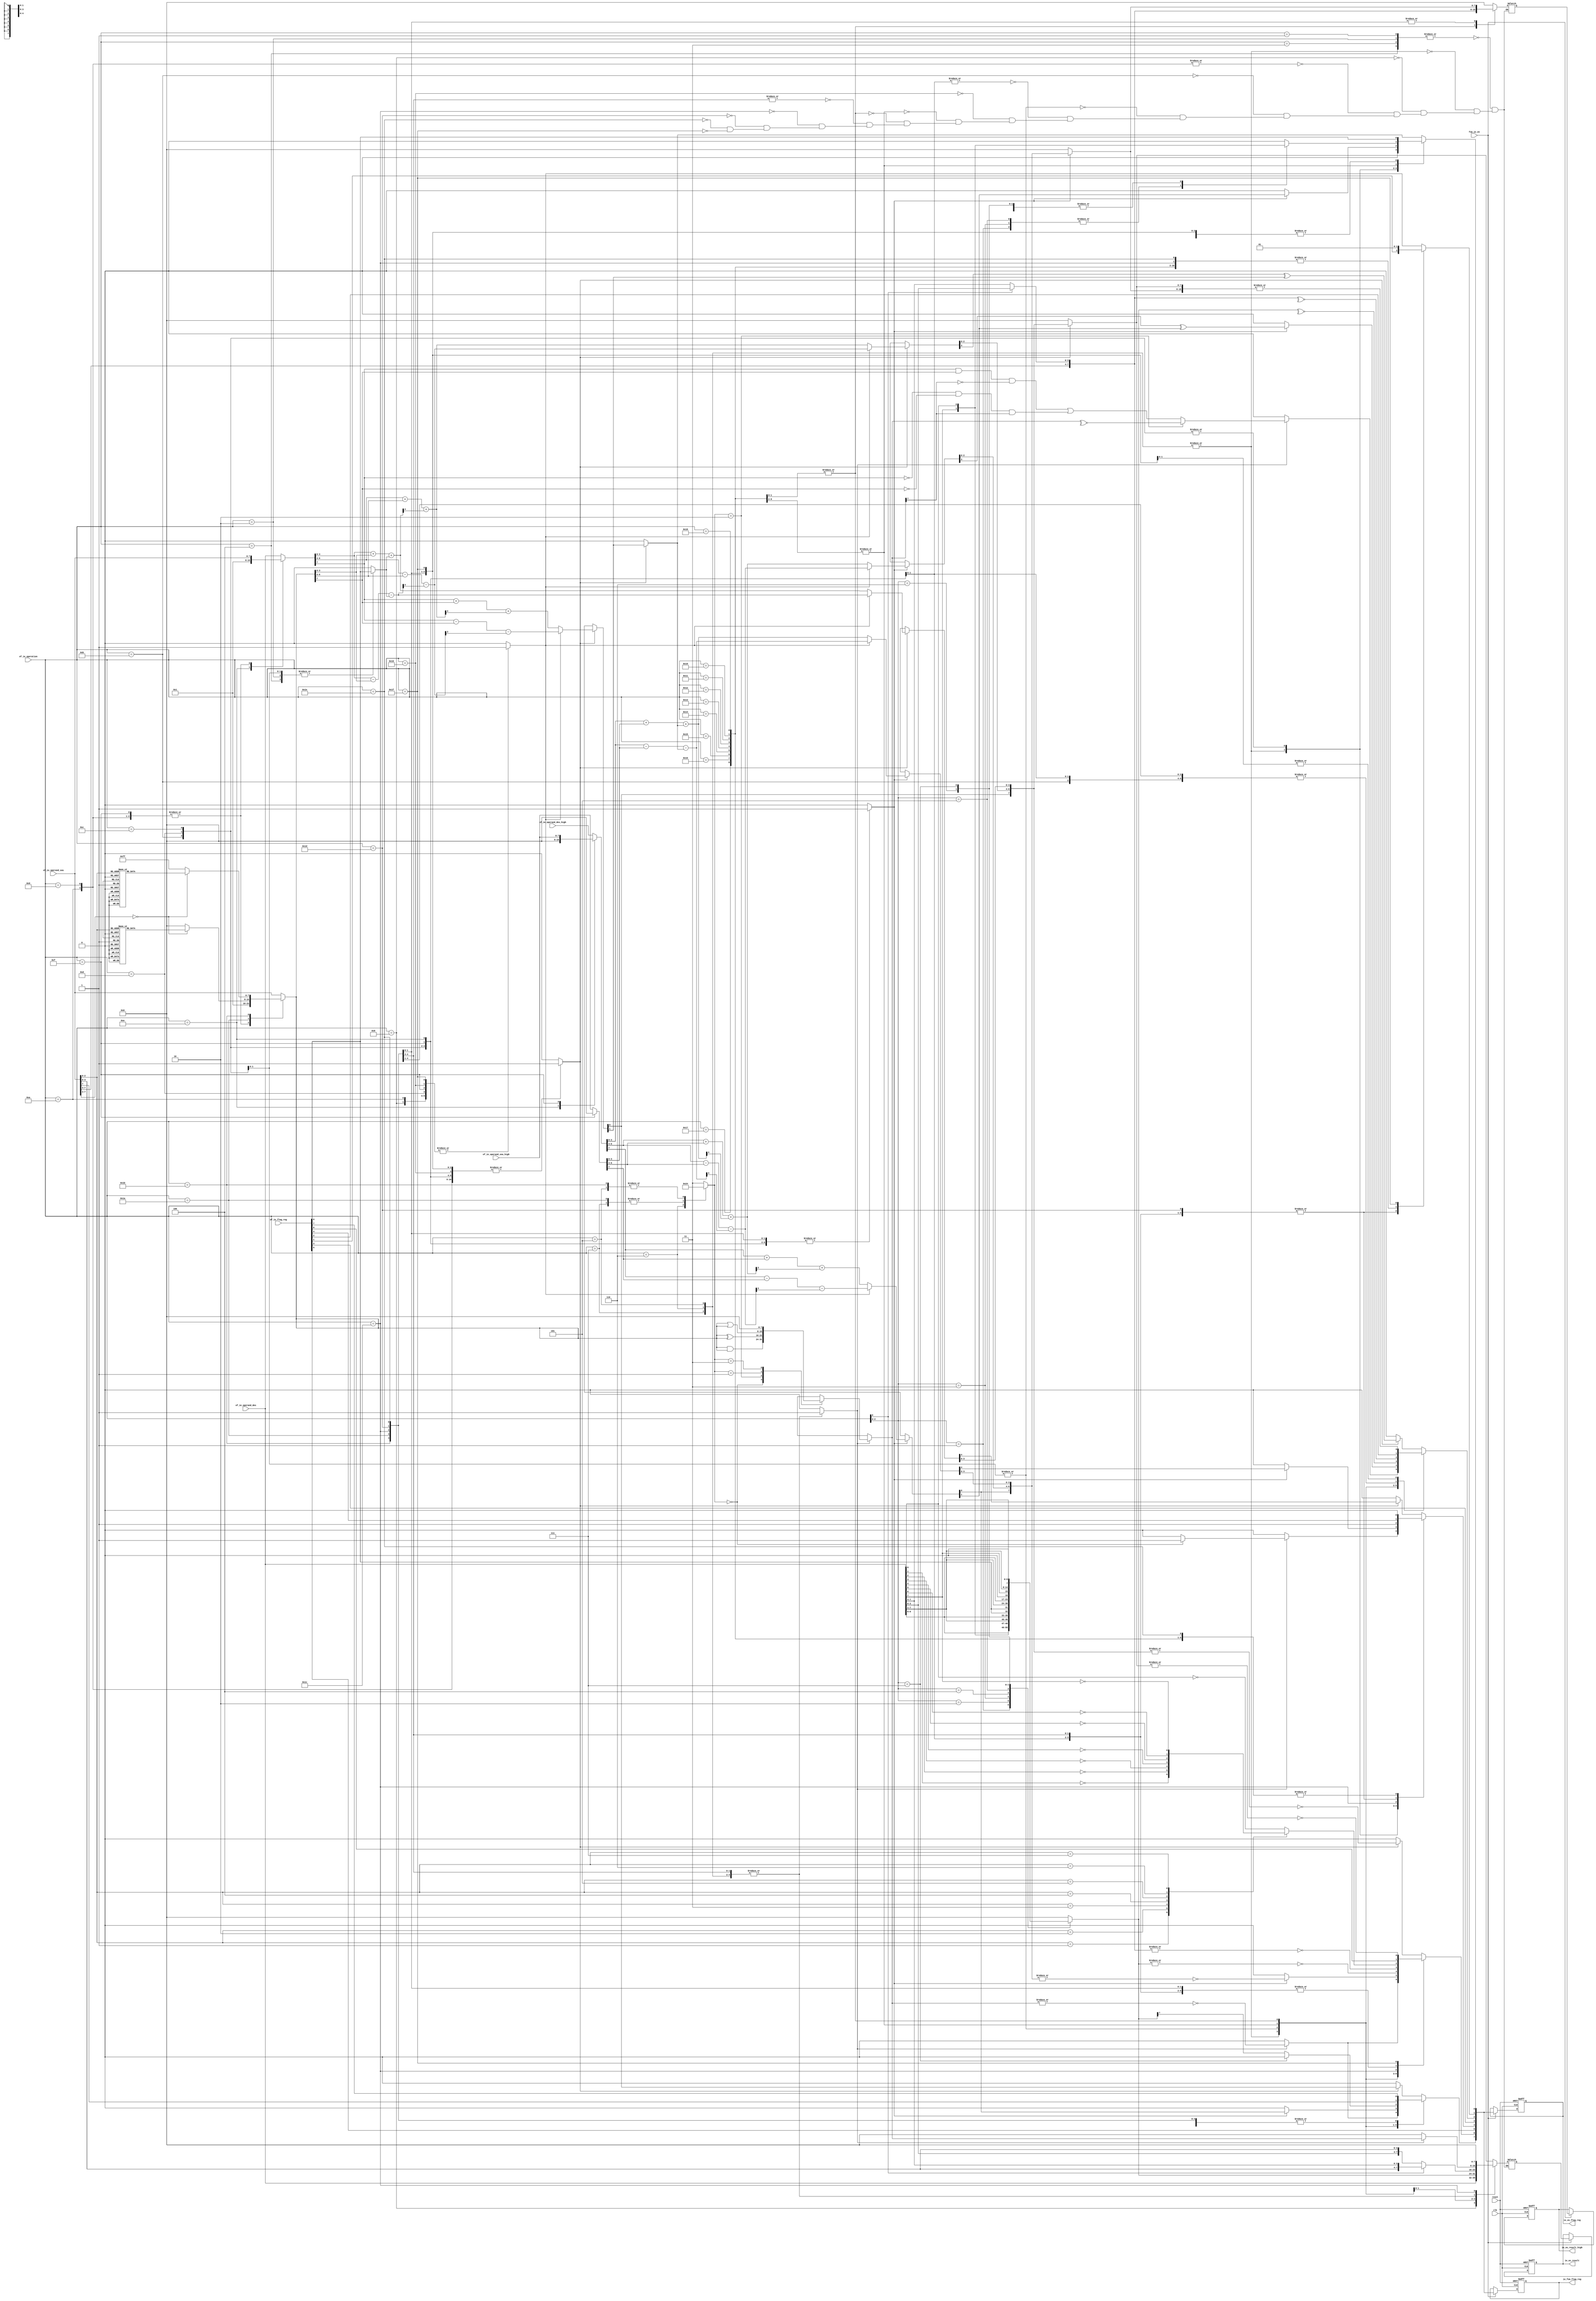
// Company           :   tud                      
//                    			
// Project Name      :   prz    
// Subproject Name   :   main    
// Description       :   <short description>            
//
// Last Change       :   $Date: 2017-08-31 14:47:42 +0200 (Thu, 31 Aug 2017) $
// by                :   $Author: wubi17 $                  			
//------------------------------------------------------------
`timescale 1ns/10ps

module instr_excute(
	clk,
	reset,
	fsm_ie_en,	
	of_ie_operand_des,
	of_ie_operand_des_high,
	of_ie_operand_sou,
	of_ie_operand_sou_high,
	of_ie_flag_reg,
	of_ie_operation,
	ie_os_result,
	ie_os_result_high,
	ie_os_flag_reg,
	ie_fsm_flag_reg
);

input clk;
input reset;
input fsm_ie_en;
input [4:0] of_ie_operation;
input [7:0] of_ie_operand_des;
input [7:0] of_ie_operand_sou;
input [7:0] of_ie_operand_des_high;
input [7:0] of_ie_operand_sou_high;
input [7:0] of_ie_flag_reg;
output reg [7:0] ie_os_result;
output reg [7:0] ie_os_result_high;
output reg [7:0] ie_os_flag_reg;
output reg [7:0] ie_fsm_flag_reg;

// can not change the parameter, if change please search "can not change the parameter" at first
// some place use parameter's bits as selector
parameter ADD_ALU                    = 5'd1;
parameter ADC_ALU                    = 5'd2;
parameter SUB_ALU                    = 5'd3;
parameter SBC_ALU                    = 5'd4;
parameter AND_ALU                    = 5'd5;
parameter XOR_ALU                    = 5'd6;
parameter OR_ALU                     = 5'd7;
parameter CP_ALU                     = 5'd8;
parameter INC_ALU                    = 5'd9;
parameter DEC_ALU                    = 5'd10;

parameter ADD_16BIT_ALU              = 5'd11;
parameter ADC_16BIT_ALU              = 5'd12;
parameter SBC_16BIT_ALU              = 5'd13;
parameter INC_16BIT_ALU              = 5'd14;  // not used
parameter DEC_16BIT_ALU              = 5'd15;  // not used
parameter SUB_AF_ALU                 = 5'd16;

parameter RLC_ALU                    = 5'd17;
parameter RRC_ALU                    = 5'd18;
parameter RL_ALU                     = 5'd19;
parameter RR_ALU                     = 5'd20;
parameter SLA_ALU                    = 5'd21;
parameter SRA_ALU                    = 5'd22;
parameter SRL_ALU                    = 5'd23;
parameter RLD_ALU                    = 5'd24;
parameter RRD_ALU                    = 5'd25;

parameter SET_BIT_ALU                = 5'd26;
parameter RESET_BIT_ALU              = 5'd27;
parameter TEST_BIT_ALU               = 5'd28;

parameter ADD_16BIT_NONE_AFFECT_ALU  = 5'd29;
parameter ADD_16BIT_BLOCK_TRANS_ALU  = 5'd30;
parameter BLOCK_SEARCH_COMPARE_ALU   = 5'd31;

parameter AND = 2'h0;
parameter OR  = 2'h1;
parameter XOR = 2'h2;
parameter NON = 2'h3;

wire C;       // carry
wire N;       // add/substrate
wire P_V;     // parity/overflow flag
wire H;       // half carry falg
wire Z;       // zero flag
wire S;       // sign flag
wire X_1;     // unused
wire X_2;     // unused
assign {S, Z, X_1, H, X_2, P_V, N, C} = of_ie_flag_reg;
//================================================================================
// operand allocate
//================================================================================
reg [7:0] oper_a_low;
reg [7:0] oper_a_high;
reg [7:0] oper_b_low;
reg [7:0] oper_b_high;
reg       adder_en;
reg       add_sub;
reg       carry_in;
reg       word_adder_en;
reg       logic_en;
reg [1:0] logic_type;
always @* begin
	case(of_ie_operation)
		ADD_ALU:begin
			oper_a_low = of_ie_operand_des;
			oper_b_low = of_ie_operand_sou;
			oper_a_high = of_ie_operand_des_high;
			oper_b_high = of_ie_operand_sou_high;
			adder_en = 1'b1;
			add_sub = 1'b0;
			carry_in = 1'b0;
			word_adder_en = 1'b0;
			logic_en = 1'b0;
			logic_type = NON;
		end
		ADC_ALU:begin
			oper_a_low = of_ie_operand_des;
			oper_b_low = of_ie_operand_sou;
			oper_a_high = of_ie_operand_des_high;
			oper_b_high = of_ie_operand_sou_high;
			adder_en = 1'b1;
			add_sub = 1'b0;
			carry_in = C;
			word_adder_en = 1'b0;
			logic_en = 1'b0;
			logic_type = NON;
		end
		SUB_ALU:begin
			oper_a_low = of_ie_operand_des;
			oper_b_low = of_ie_operand_sou;
			oper_a_high = of_ie_operand_des_high;
			oper_b_high = of_ie_operand_sou_high;
			adder_en = 1'b1;
			add_sub = 1'b1;
			carry_in = 1'b0;
			word_adder_en = 1'b0;
			logic_en = 1'b0;
			logic_type = NON;
		end
		SBC_ALU:begin
			oper_a_low = of_ie_operand_des;
			oper_b_low = of_ie_operand_sou;
			oper_a_high = of_ie_operand_des_high;
			oper_b_high = of_ie_operand_sou_high;
			adder_en = 1'b1;
			add_sub = 1'b1;
			carry_in = C;
			word_adder_en = 1'b0;
			logic_en = 1'b0;
			logic_type = NON;
		end
		AND_ALU:begin
			oper_a_low = of_ie_operand_des;
			oper_b_low = of_ie_operand_sou;
			oper_a_high = of_ie_operand_des_high; // 8'h00;
			oper_b_high = of_ie_operand_sou_high; // 8'h00;
			adder_en = 1'b0;
			add_sub = 1'b0;
			carry_in = 1'b0;
			word_adder_en = 1'b0;
			logic_en = 1'b1;
			logic_type = AND;
		end
		XOR_ALU:begin
			oper_a_low = of_ie_operand_des;
			oper_b_low = of_ie_operand_sou;
			oper_a_high = of_ie_operand_des_high; //8'h00; 
			oper_b_high = of_ie_operand_sou_high; //8'h00; 
			adder_en = 1'b0;
			add_sub = 1'b0;
			carry_in = 1'b0;
			word_adder_en = 1'b0;
			logic_en = 1'b1;
			logic_type = XOR;	
		end
		OR_ALU:begin
			oper_a_low = of_ie_operand_des;
			oper_b_low = of_ie_operand_sou;
			oper_a_high = of_ie_operand_des_high; //8'h00;
			oper_b_high = of_ie_operand_sou_high; //8'h00;
			adder_en = 1'b0;
			add_sub = 1'b0;
			carry_in = 1'b0;
			word_adder_en = 1'b0;
			logic_en = 1'b1;
			logic_type = OR;				
		end
		CP_ALU:begin // SUB but not store the sum
			oper_a_low = of_ie_operand_des;
			oper_b_low = of_ie_operand_sou;
			oper_a_high = of_ie_operand_des_high; //8'h00;
			oper_b_high = of_ie_operand_sou_high; //8'h00;
			adder_en = 1'b1;
			add_sub = 1'b1;
			carry_in = 1'b0;	
			word_adder_en = 1'b0;
			logic_en = 1'b0;
			logic_type = NON;			
		end
		INC_ALU:begin
			oper_a_low = of_ie_operand_sou;
			oper_b_low = 8'h01;
			oper_a_high = of_ie_operand_des_high; //8'h00;
			oper_b_high = of_ie_operand_sou_high; //8'h00;
			adder_en = 1'b1;
			add_sub = 1'b0;
			carry_in = 1'b0;
			word_adder_en = 1'b0;
			logic_en = 1'b0;
			logic_type = NON;			
		end
		DEC_ALU:begin
			oper_a_low = of_ie_operand_sou;
			oper_b_low = 8'h01;
			oper_a_high = of_ie_operand_des_high; //8'h00;
			oper_b_high = of_ie_operand_sou_high; //8'h00;
			adder_en = 1'b1;
			add_sub = 1'b1;
			carry_in = 1'b0;
			word_adder_en = 1'b0;
			logic_en = 1'b0;
			logic_type = NON;					
		end
		ADD_16BIT_ALU:begin
			oper_a_low = of_ie_operand_des;
			oper_b_low = of_ie_operand_sou;
			oper_a_high = of_ie_operand_des_high;
			oper_b_high = of_ie_operand_sou_high;
			adder_en = 1'b1;
			add_sub = 1'b0;
			carry_in = 1'b0;
			word_adder_en = 1'b1;
			logic_en = 1'b0;
			logic_type = NON;
		end
		ADC_16BIT_ALU:begin
			oper_a_low = of_ie_operand_des;
			oper_b_low = of_ie_operand_sou;
			oper_a_high = of_ie_operand_des_high;
			oper_b_high = of_ie_operand_sou_high;
			adder_en = 1'b1;
			add_sub = 1'b0;
			carry_in = C;
			word_adder_en = 1'b1;
			logic_en = 1'b0;
			logic_type = NON;
		end
		SBC_16BIT_ALU:begin
			oper_a_low = of_ie_operand_des;
			oper_b_low = of_ie_operand_sou;
			oper_a_high = of_ie_operand_des_high;
			oper_b_high = of_ie_operand_sou_high;
			adder_en = 1'b1;
			add_sub = 1'b1;
			carry_in = C;
			word_adder_en = 1'b1;
			logic_en = 1'b0;
			logic_type = NON;										   
		end
		INC_16BIT_ALU:begin
			oper_a_low = 8'h01;
			oper_b_low = of_ie_operand_sou;
			oper_a_high = 8'h00;
			oper_b_high = of_ie_operand_sou_high;
			adder_en = 1'b1;
			add_sub = 1'b0;
			carry_in = 1'b0;
			word_adder_en = 1'b1;
			logic_en = 1'b0;
			logic_type = NON;
		end
		DEC_16BIT_ALU:begin
			oper_a_low = of_ie_operand_sou;
			oper_b_low = 8'h01;
			oper_a_high = of_ie_operand_sou_high;
			oper_b_high = 8'h00;
			adder_en = 1'b1;
			add_sub = 1'b1;
			carry_in = 1'b0;
			word_adder_en = 1'b1;
			logic_en = 1'b0;
			logic_type = NON;
		end
		SUB_AF_ALU:begin
			oper_a_low = of_ie_operand_des;
			oper_b_low = of_ie_operand_sou;
			oper_a_high = of_ie_operand_des_high;  // 8'h00
			oper_b_high = of_ie_operand_sou_high;  // 8'h00
			adder_en = 1'b1;
			add_sub = 1'b1;
			carry_in = 1'b0;
			word_adder_en = 1'b0;
			logic_en = 1'b0;
			logic_type = NON;				
		end
		SET_BIT_ALU:begin
			oper_a_low = of_ie_operand_des;
			//oper_b_low = of_ie_operand_sou;
			oper_a_high = of_ie_operand_des_high;  // 8'h00
			oper_b_high = of_ie_operand_sou_high;  // 8'h00
			adder_en = 1'b0;
			add_sub = 1'b0;
			carry_in = 1'b0;
			word_adder_en = 1'b0;
			logic_en = 1'b1;
			logic_type = OR;
			case(of_ie_operand_sou)
				8'd0: oper_b_low = 8'd1;    // set bit 0
				8'd1: oper_b_low = 8'd2;    // set bit 1
				8'd2: oper_b_low = 8'd4;    // set bit 2
				8'd3: oper_b_low = 8'd8;    // set bit 3
				8'd4: oper_b_low = 8'd16;    // set bit 4
				8'd5: oper_b_low = 8'd32;    // set bit 5
				8'd6: oper_b_low = 8'd64;    // set bit 6
				8'd7: oper_b_low = 8'd128;    // set bit 7
				default: oper_b_low = 8'd0;    // do not set any bit
			endcase
		end
		RESET_BIT_ALU:begin
			oper_a_low = of_ie_operand_des;
			//oper_b_low = of_ie_operand_sou;
			oper_a_high = of_ie_operand_des_high;  // 8'h00
			oper_b_high = of_ie_operand_sou_high;  // 8'h00
			adder_en = 1'b0;
			add_sub = 1'b0;
			carry_in = 1'b0;
			word_adder_en = 1'b0;
			logic_en = 1'b1;
			logic_type = AND;
			case(of_ie_operand_sou)
				8'd0: oper_b_low = 8'b1111_1110;    // reset bit 0
				8'd1: oper_b_low = 8'b1111_1101;    // reset bit 1
				8'd2: oper_b_low = 8'b1111_1011;    // reset bit 2
				8'd3: oper_b_low = 8'b1111_0111;    // reset bit 3
				8'd4: oper_b_low = 8'b1110_1111;    // reset bit 4
				8'd5: oper_b_low = 8'b1101_1111;    // reset bit 5
				8'd6: oper_b_low = 8'b1011_1111;    // reset bit 6
				8'd7: oper_b_low = 8'b0111_1111;    // sreet bit 7
				default: oper_b_low = 8'b1111_1111;    // do not reset any bit
			endcase
		end
		ADD_16BIT_NONE_AFFECT_ALU:begin
			oper_a_low = of_ie_operand_des;
			oper_b_low = of_ie_operand_sou;
			oper_a_high = of_ie_operand_des_high;  // 8'h00
			oper_b_high = of_ie_operand_sou_high;  // 8'h00
			adder_en = 1'b1;
			add_sub = 1'b0;
			carry_in = 1'b0;
			word_adder_en = 1'b1;
			logic_en = 1'b0;
			logic_type = NON;
		end
		ADD_16BIT_BLOCK_TRANS_ALU:begin
			oper_a_low = of_ie_operand_des;
			oper_b_low = of_ie_operand_sou;
			oper_a_high = of_ie_operand_des_high;  // 8'h00
			oper_b_high = of_ie_operand_sou_high;  // 8'h00
			adder_en = 1'b1;
			add_sub = 1'b0;
			carry_in = 1'b0;
			word_adder_en = 1'b1;
			logic_en = 1'b0;
			logic_type = NON;
		end
		BLOCK_SEARCH_COMPARE_ALU:begin
			oper_a_low = of_ie_operand_des;
			oper_b_low = of_ie_operand_sou;
			oper_a_high = of_ie_operand_des_high;  // 8'h00
			oper_b_high = of_ie_operand_sou_high;  // 8'h00
			adder_en = 1'b1;
			add_sub = 1'b1;
			carry_in = 1'b0;
			word_adder_en = 1'b0;
			logic_en = 1'b0;
			logic_type = NON;
		end
		default:begin
			oper_a_low = of_ie_operand_des;
			oper_b_low = of_ie_operand_sou;
			oper_a_high = of_ie_operand_des_high;  // 8'h00
			oper_b_high = of_ie_operand_sou_high;  // 8'h00
			adder_en = 1'b0;
			add_sub = 1'b0;
			carry_in = 1'b0;
			word_adder_en = 1'b0;
			logic_en = 1'b0;
			logic_type = NON;			
		end
	endcase
end

//================================================================================
// adder 
//================================================================================
// low 8-bit adder
reg [7:0] sum_low;
reg       half_carry_low;
reg       carry_low_;
reg       carry_low;
reg       overflow_low;
reg       zero_low;
reg       sign_low;
always @(adder_en or add_sub or oper_a_low or oper_b_low or carry_in)
begin
	if (adder_en) begin
		if (add_sub) begin // sub
			{half_carry_low, sum_low[3:0]} = oper_a_low[3:0] - oper_b_low[3:0] - {3'h0, carry_in};
			{carry_low_, sum_low[6:4]} = oper_a_low[6:4] - oper_b_low[6:4] - {2'h0, half_carry_low};
			{carry_low, sum_low[7]}    = oper_a_low[7]   - oper_b_low[7]   - carry_low_;		
		end
		else begin         // add
			{half_carry_low, sum_low[3:0]} = oper_a_low[3:0] + oper_b_low[3:0] + {3'h0, carry_in};
			{carry_low_, sum_low[6:4]} = oper_a_low[6:4] + oper_b_low[6:4] + {2'h0, half_carry_low};
			{carry_low, sum_low[7]}    = oper_a_low[7]   + oper_b_low[7]   + carry_low_;			
		end
		overflow_low = carry_low_ ^ carry_low; 
		zero_low = ~|sum_low; 
		sign_low = sum_low[7];
	end
	else begin
		sum_low = 8'h0;
		half_carry_low = 1'b0;
		carry_low_ = 1'b0;
		carry_low = 1'b0;
		overflow_low = 1'b0;
		zero_low = 1'b0;
		sign_low = 1'b0;
	end
end
// high 8-bit adder
reg [7:0] sum_high;
reg       half_carry_high;
reg       carry_high_;
reg       carry_high;
reg       overflow_high;
reg       zero_high;
reg       sign_high;
always @(word_adder_en or add_sub or oper_a_high or oper_b_high or carry_low)
begin
	if (word_adder_en) begin
		if (add_sub) begin  // sub
			{half_carry_high, sum_high[3:0]} = {1'b0, oper_a_high[3:0]} - {1'b0, oper_b_high[3:0]} - {4'h0, carry_low};
			{carry_high_, sum_high[6:4]} = {1'b0, oper_a_high[6:4]} - {1'b0, oper_b_high[6:4]} - {3'h0, half_carry_high};
			{carry_high, sum_high[7]}    = {1'b0, oper_a_high[7]}   - {1'b0, oper_b_high[7]}   - {1'b0, carry_high_};				
		end
		else begin          // add
			{half_carry_high, sum_high[3:0]} = {1'b0, oper_a_high[3:0]} + {1'b0, oper_b_high[3:0]} + {4'h0, carry_low};
			{carry_high_, sum_high[6:4]} = {1'b0, oper_a_high[6:4]} + {1'b0, oper_b_high[6:4]} + {3'h0, half_carry_high};
			{carry_high, sum_high[7]}    = {1'b0, oper_a_high[7]}   + {1'b0, oper_b_high[7]}   + {1'b0, carry_high_};			
		end
		overflow_high = carry_high_ ^ carry_high; 
		zero_high = ~|sum_high; 
		sign_high = sum_high[7];		
	end
	else begin
		sum_high = 8'h0;
		half_carry_high = 1'b0;
		carry_high_ = 1'b0;
		carry_high = 1'b0;
		overflow_high = 1'b0;
		zero_high = 1'b0;
		sign_high = 1'b0;
	end
end

//================================================================================
// logic unit
//================================================================================
reg [7:0] logic_result;
reg       logic_half_carry;
reg       logic_carry;
reg       logic_parity_overlfow;
reg       logic_zero;
reg       logic_sign;
always @(logic_en or logic_type or oper_a_low or oper_b_low) begin
	if (logic_en) begin
		case(logic_type)
			AND: logic_result = oper_b_low & oper_b_low;
			XOR: logic_result = oper_b_low ^ oper_b_low;
			OR:  logic_result = oper_b_low | oper_b_low;
			NON: logic_result =	8'h00;
		endcase	
		case(logic_type)
			AND: logic_half_carry = 1'b1;
			default: logic_half_carry = 1'b0;
		endcase
		case(logic_type)
			XOR: logic_parity_overlfow =  ~^logic_result;                                                  // parity
			default: logic_parity_overlfow = ((oper_a_low[7] & oper_b_low[7] & !logic_result[7]) |         // overflow
												(!oper_a_low[7] & !oper_b_low[7] & logic_result[7]));
		endcase
		logic_carry = 1'b0;
		logic_zero = ~|logic_result;
		logic_sign = logic_result[7];
	end
	else begin
		logic_result = 8'h00;
		logic_half_carry = 1'b0;
		logic_carry = 1'b0;
		logic_parity_overlfow= 1'b0;
		logic_zero = 1'b0;
		logic_sign = 1'b0;
	end
end

reg [7:0] result_low;
reg [7:0] result_high;
reg [7:0] result_flag;
reg       result_carry;
reg       result_add_sub;
reg       result_parity_overflow;
reg       result_half_carry;
reg       result_zero;
reg       result_sign;
always @* begin
	case(of_ie_operation)
		ADD_ALU, ADC_ALU, SUB_ALU,
		SBC_ALU:begin
			result_low = sum_low;
			result_high = 8'h00; // sum_high; //8'h00
			result_carry = carry_low;
			result_add_sub = add_sub;
			result_parity_overflow = overflow_low;
			result_half_carry = half_carry_low;
			result_zero = zero_low;
			result_sign = sign_low;
		end
		AND_ALU, XOR_ALU,
		OR_ALU:begin
			result_low = logic_result;
			result_high = 8'h00; // sum_high; //8'h00
			result_carry = logic_carry;
			result_add_sub = add_sub;
			result_parity_overflow = logic_parity_overlfow;
			result_half_carry = logic_half_carry;
			result_zero = logic_zero;
			result_sign = logic_zero;
		end
		CP_ALU:begin
			result_low = of_ie_operand_des; // keep value
			result_high = 8'h00; // sum_high; //8'h00
			result_carry = carry_low;
			result_add_sub = add_sub;
			result_parity_overflow = overflow_low;
			result_half_carry = half_carry_low;
			result_zero = zero_low;
			result_sign = sign_low;			
		end
		INC_ALU,
		DEC_ALU:begin
			result_low = sum_low;
			result_high = 8'h00; // sum_high; //8'h00
			result_carry = C;       // C is not affected
			result_add_sub = add_sub;
			result_parity_overflow = overflow_low;
			result_half_carry = half_carry_low;
			result_zero = zero_low;
			result_sign = sign_low;
		end
		ADD_16BIT_ALU:begin
			result_low = sum_low;
			result_high = 8'h00; // sum_high;    //8'h00
			result_carry = carry_high; // 16-bit
			result_add_sub = add_sub;
			result_parity_overflow = P_V; // not affected
			result_half_carry = half_carry_high; // 16-bit
			result_zero = Z; // not affected
			result_sign = S; // not affected
		end
		ADC_16BIT_ALU, 
		SBC_16BIT_ALU:begin
			result_low = sum_low;
			result_high = 8'h00; // sum_high; //8'h00
			result_carry = carry_high;
			result_add_sub = add_sub;
			result_parity_overflow = overflow_high;
			result_half_carry = half_carry_high;
			result_zero = zero_high;
			result_sign = sign_high;
		end
		INC_16BIT_ALU, 
		DEC_16BIT_ALU:begin
			result_low = sum_low;
			result_high = 8'h00; // sum_high;    //8'h00
			result_carry = C; // not affected
			result_add_sub = N; // not affected
			result_parity_overflow = P_V; // not affected
			result_half_carry = H; // not affected
			result_zero = Z; // not affected
			result_sign = S; // not affected
		end
		SUB_AF_ALU:begin
			result_low = sum_low;
			result_high = 8'h00; // sum_high; //8'h00
			result_carry = carry_low;
			result_add_sub = add_sub;
			result_parity_overflow = overflow_low;
			result_half_carry = half_carry_low;
			result_zero = zero_low;
			result_sign = sign_low;				
		end
		RLC_ALU, RRC_ALU, RL_ALU, RR_ALU, SLA_ALU, SRA_ALU,
		SRL_ALU:begin
			case(of_ie_operation[2:0])    // can not change the parameter
				3'b001: result_low = {of_ie_operand_des[6:0], of_ie_operand_des[7]};  // RLC
				3'b010: result_low = {of_ie_operand_des[0], of_ie_operand_des[7:1]};  // RRC
				3'b011: result_low = {of_ie_operand_des[6:0], C};                     // RL
				3'b100: result_low = {C, of_ie_operand_des[7:1]};                     // RR     
				3'b101: result_low = {of_ie_operand_des[6:0], 1'b0};                  // SLA
				3'b110: result_low = {of_ie_operand_des[7], of_ie_operand_des[7:1]};  // SRA
				3'b111: result_low = {1'b0, of_ie_operand_des[7:1]};                  // SRL
				default: result_low = 8'h00;
			endcase
			case(of_ie_operation[2:0])    // can not change the parameter
				3'b001: result_carry = of_ie_operand_des[7];  // RLC
				3'b010: result_carry = of_ie_operand_des[0];  // RRC
				3'b011: result_carry = of_ie_operand_des[7];  // RL
				3'b100: result_carry = of_ie_operand_des[0];  // RR
				3'b101: result_carry = of_ie_operand_des[7];  // SLA
				3'b110: result_carry = of_ie_operand_des[0];  // SRA
				3'b111: result_carry = of_ie_operand_des[0];  // SRL
				default: result_carry = 8'h00;
			endcase
			case(of_ie_operation[2:0])    // can not change the parameter
				3'b111: result_sign = 1'b0;  // SRL
				default: result_sign = result_low[7];
			endcase			
			result_high = 8'h00; // sum_high; //8'h00
			result_half_carry = 1'b0;
			result_add_sub = 1'b0;
			result_parity_overflow =  ~^result_low;  // parity
			result_zero = ~|result_low;
		end
		RLD_ALU, 
		RRD_ALU:begin
			case(of_ie_operation[0])    // can not change the parameter
				1'b0:begin
					result_low = {of_ie_operand_des[3:0], of_ie_operand_sou[3:0]};       // memory data
					result_high = {of_ie_operand_sou[7:4], of_ie_operand_des[7:4]};      // Accumulator					
				end
				1'b1:begin
					result_low = {of_ie_operand_sou[3:0], of_ie_operand_des[7:4]};       // memory data
					result_high = {of_ie_operand_sou[7:4], of_ie_operand_des[3:0]};      // Accumulator					
				end
			endcase
			result_carry = C;
			result_half_carry = 1'b0;
			result_add_sub = 1'b0;
			result_parity_overflow =  ~^result_high;  // parity
			result_sign = result_high[7];
			result_zero = ~|result_high;					
		end
		SET_BIT_ALU,
		RESET_BIT_ALU:begin
			result_low = logic_result;
			result_high = 8'h00; // sum_high;    //8'h00
			result_carry = C; // not affected
			result_add_sub = N; // not affected
			result_parity_overflow = P_V; // not affected
			result_half_carry = H; // not affected
			result_zero = Z; // not affected
			result_sign = S; // not affected
		end
		TEST_BIT_ALU:begin
			result_low = 8'h00;
			result_high = 8'h00; // sum_high;    //8'h00
			result_carry = C; // not affected
			result_add_sub = 1'b0;
			result_parity_overflow = P_V; // not affected
			result_half_carry = 1'b1;
			result_sign = S; // not affected
			case(of_ie_operand_sou[2:0])
				3'd0: result_zero = ~of_ie_operand_des[0];
				3'd1: result_zero = ~of_ie_operand_des[1];
				3'd2: result_zero = ~of_ie_operand_des[2];
				3'd3: result_zero = ~of_ie_operand_des[3];
				3'd4: result_zero = ~of_ie_operand_des[4];
				3'd5: result_zero = ~of_ie_operand_des[5];
				3'd6: result_zero = ~of_ie_operand_des[6];
				3'd7: result_zero = ~of_ie_operand_des[7];
			endcase			
		end
		ADD_16BIT_NONE_AFFECT_ALU:begin
			result_low = sum_low;
			result_high = sum_high;
			result_carry = C; // not affected
			result_add_sub = N; // not affected
			result_parity_overflow = P_V; // not affected
			result_half_carry = H; // not affected
			result_zero = Z; // not affected
			result_sign = S; // not affected
		end
		ADD_16BIT_BLOCK_TRANS_ALU:begin
			result_low = sum_low;
			result_high = sum_high;
			result_carry = C; // not affected
			result_add_sub = 1'b0;
			result_parity_overflow = |{sum_high, sum_low}; // not equal 0 = 0
			result_half_carry = 1'b0;
			result_zero = Z; // not affected
			result_sign = S; // not affected
		end
		BLOCK_SEARCH_COMPARE_ALU:begin
			result_low = sum_low;
			result_high = 8'h00; //sum_high;  //8'h00;
			result_carry = C; // not affected
			result_add_sub = 1'b1;
			result_parity_overflow = |{sum_high, sum_low}; // not equal 0 = 0
			result_half_carry = half_carry_low;
			result_zero = ~|sum_low;
			result_sign = sign_low;
		end
	endcase
	result_flag = {result_sign, result_zero, X_1, result_half_carry, X_2, result_parity_overflow, result_add_sub, result_carry};
end

always @(posedge clk or negedge reset) begin
	if (!reset) begin
		ie_os_result <= 8'b0;
		ie_os_result_high <= 8'b0;
		ie_os_flag_reg <= 8'b0;
		ie_fsm_flag_reg <= 8'b0;	
	end
	else if (fsm_ie_en) begin
		ie_os_result <= result_low;
		ie_os_result_high <= result_high;
		ie_os_flag_reg <= result_flag;
		ie_fsm_flag_reg <= result_flag;	
	end
end

endmodule